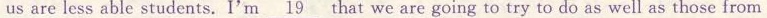
us are less able students. I'm\underline{19} that we are going to try to do as well as those from